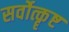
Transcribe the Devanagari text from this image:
सर्वोत्कॄष्ट